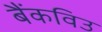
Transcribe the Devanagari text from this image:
बैंकविउ